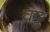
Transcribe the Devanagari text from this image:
वढ्ढ